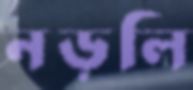
নড়লি